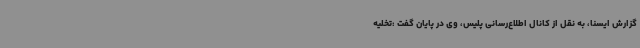
گزارش ایسنا، به نقل از کانال اطلاع‌رسانی پلیس، وی در پایان گفت :تخلیه